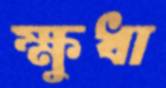
ক্ষুধা